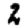
Digit: 2